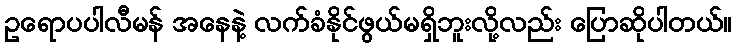
ဥရောပပါလီမန် အနေနဲ့ လက်ခံနိုင်ဖွယ်မရှိဘူးလို့လည်း ပြောဆိုပါတယ်။